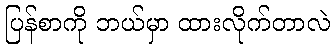
ပြန်စာကို ဘယ်မှာ ထားလိုက်တာလဲ